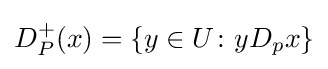
D_{P}^{+}(x)=\{y\in U\colon yD_{p}x\}